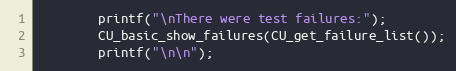
Language: C
        printf("\nThere were test failures:");
        CU_basic_show_failures(CU_get_failure_list());
        printf("\n\n");